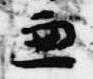
兼